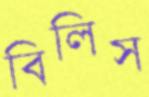
বিলিস